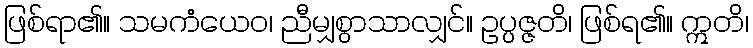
ဖြစ်ရာ၏။ သမကံယေဝ၊ ညီမျှစွာသာလျှင်။ ဥပ္ပဇ္ဇတိ၊ ဖြစ်ရ၏။ ဣတိ၊